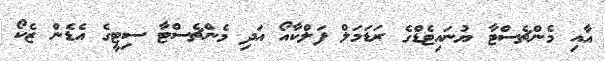
އާއި މެންޗެސްޓާ ޔުނައިޓެޑްގެ ރަޑަމަލް ފަލްކާއޯ އަދި މެންޗެސްޓާ ސިޓީގެ އެޑެން ޒެކޯ